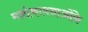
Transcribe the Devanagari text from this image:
मनोकामनाओंके